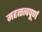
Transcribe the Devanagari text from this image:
महत्त्त्वपूर्ण